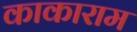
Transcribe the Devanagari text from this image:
काकाराम